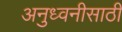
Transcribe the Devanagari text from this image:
अनुध्वनीसाठी